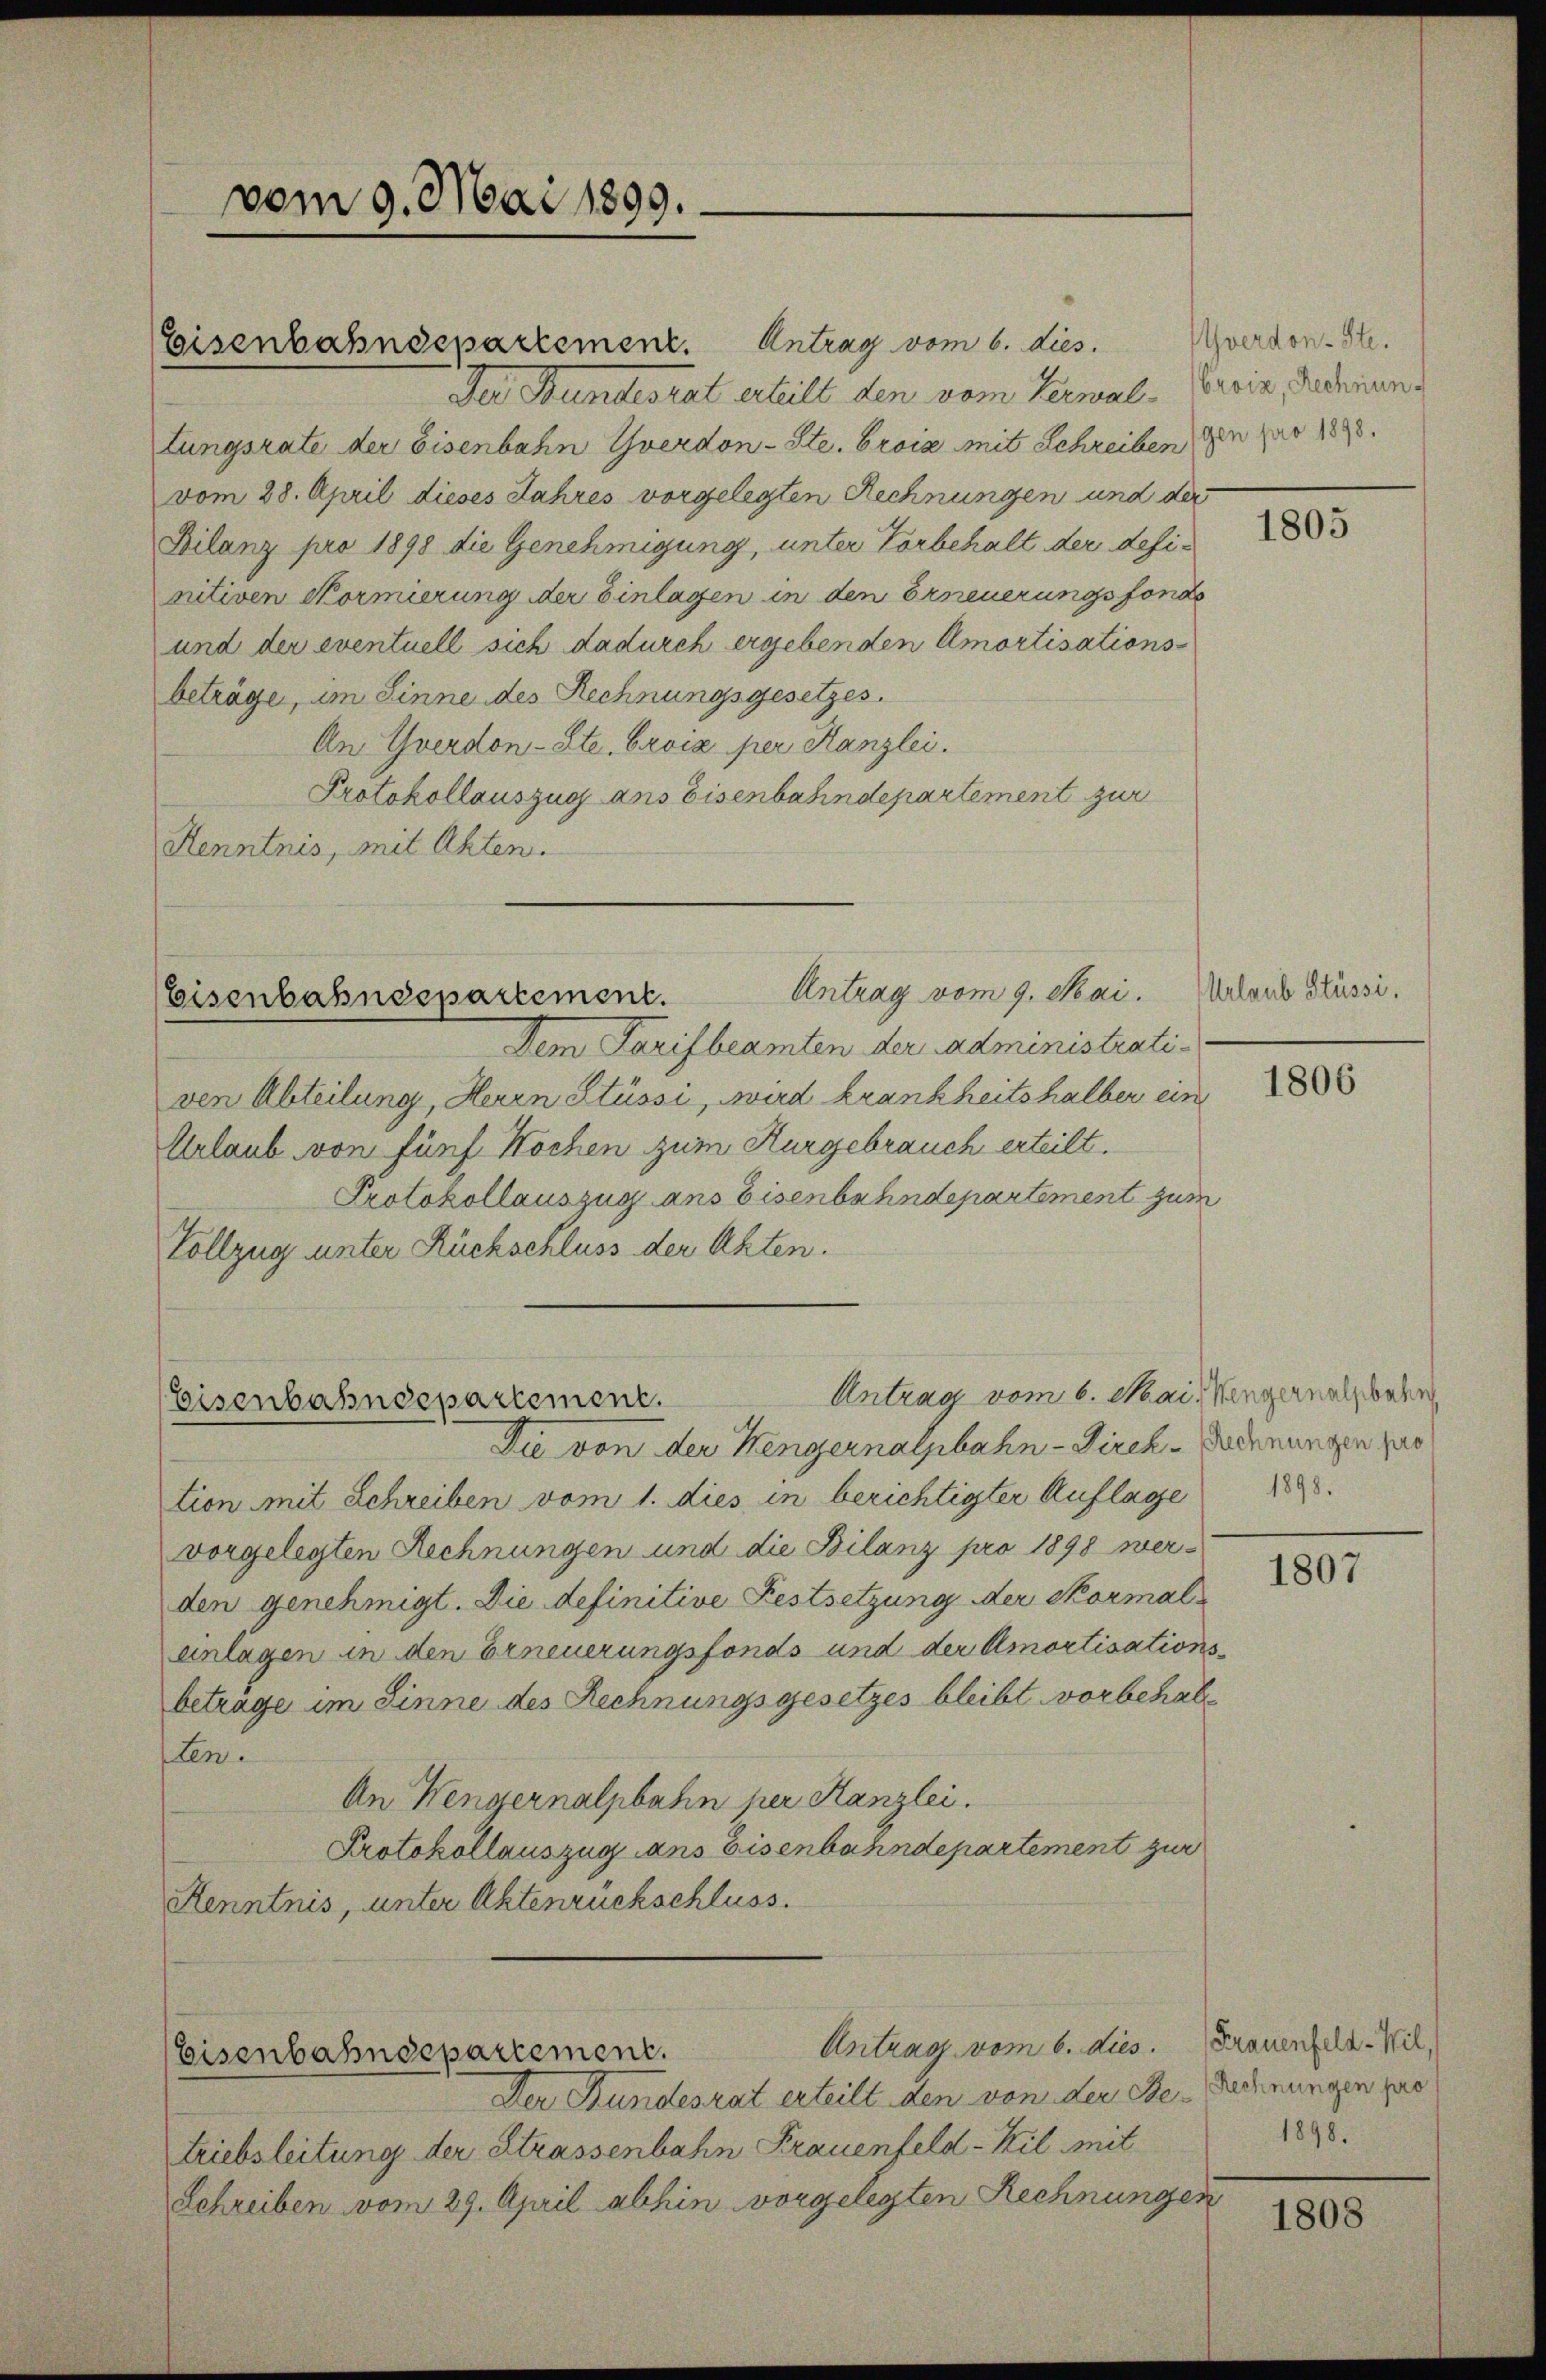
vom 9. Mai 1899.

Eisenbahndepartement. Antrag vom 6. dies
Der Bundesrat erteilt den vom Verwal-Beviz, Rechnung
tungsrate der Eisenbahn Yverdon-Ste. Brois mit Schreiben den pro 1898.
vom 28. April dieses Jahres vorgelegten Rechnungen und der
Bilanz pro 1898 die Genehmigung, unter Vorbehalt der definitiven Kormierung der Einlagen in den Erneuerungsfonds
und der eventuell sich dadurch ergebenden Amortisationsbeträge, um Linne des Rechnungsgesetzes.
An Yverdon-Ste. Croix per Kanzlei.
Protokollauszug ans Eisenbahndepartement zur
Henntnis, mit Akten.

Antrag vom 9. Mai.
Eisenbahndepartement.

Antrag vom 6. Mai, Mengernachbar
Eisenbahndepartement.

Dem Tarifbeamten der Administrativen Abteilung, Herrn Stüssi, wird krankheits halber ein
Urlaub von fünf Wochen zum Kurgebrauch erteilt.
Protokollauszug aus Eisenbahndepartement zum
Vollzug unter Rückschluss der Akten.

Du von der Mengernalpbahn-Direk-Rechnungen par
tion mit Schreiben vom 1. dies in berichtigter Auflage
vorgelegten Rechnungen und die Bilanz pro 1898 wer-
den genehmigt. Die definitive Festsetzung der Skormal
anlagen in den Erneuerungsfonds und der Amortisationsbetrage im Sinne des Rechnungsgesetzes bleibt vorbehalt
sten.
An Wengernalpbahn per Kanzlei.
Protokollauszug ans Eisenbahndepartement zur
Kenntnis, unter Aktenrückschluss.

Antrag vom 6. dies. Frauenfeld-Wil,
Eisenbahndepartement.
Der Bundesrat erteilt den von der Be- Rechnungen pas

triebsleitung der Strassenbahn Frauenfeld-Kil mit
Schreiben vom 29. April abhin vorgelegten Rechnungen

verdon-Ste.

1805

Urlaub Stüssi.

1806

1898.

1807

1898.

1808